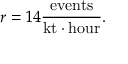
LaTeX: r = 1 4 \mathrm { { \frac { e v e n t s } { k t \cdot h o u r } } } .